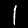
Label: 1